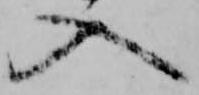
入